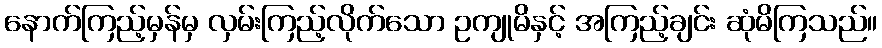
နောက်ကြည့်မှန်မှ လှမ်းကြည့်လိုက်သော ဥကျုမိနှင့် အကြည့်ချင်း ဆုံမိကြသည်။